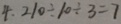
4 , 2 1 0 \div 1 0 \div 3 = 7